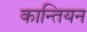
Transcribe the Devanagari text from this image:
कान्तियन